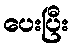
ပေးပြီး